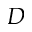
D